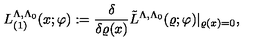
L _ { ( 1 ) } ^ { \Lambda , \Lambda _ { 0 } } ( x ; \varphi ) : = \frac { \delta } { \delta \varrho ( x ) } \tilde { L } ^ { \Lambda , \Lambda _ { 0 } } ( \varrho ; \varphi ) | _ { \varrho ( x ) = 0 } ,